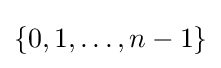
\{0,1,\ldots ,n-1\}